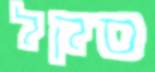
סקל